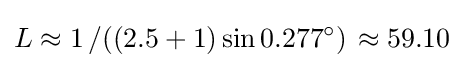
L\approx 1\left/\left((2.5+1)\sin 0.277^{\circ }\right)\right.\approx 59.10